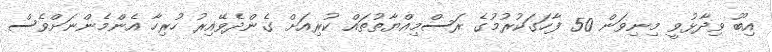
އިބޫ ވިދާޅުވީ މިނިވަން 50 ފާހަގަކުރުމުގެ ރަސްމިއްޔާތުތައް ކުރިއަށް ގެންދެވޭއިރު ހުރިހާ އެންމެންނަށްވެސް